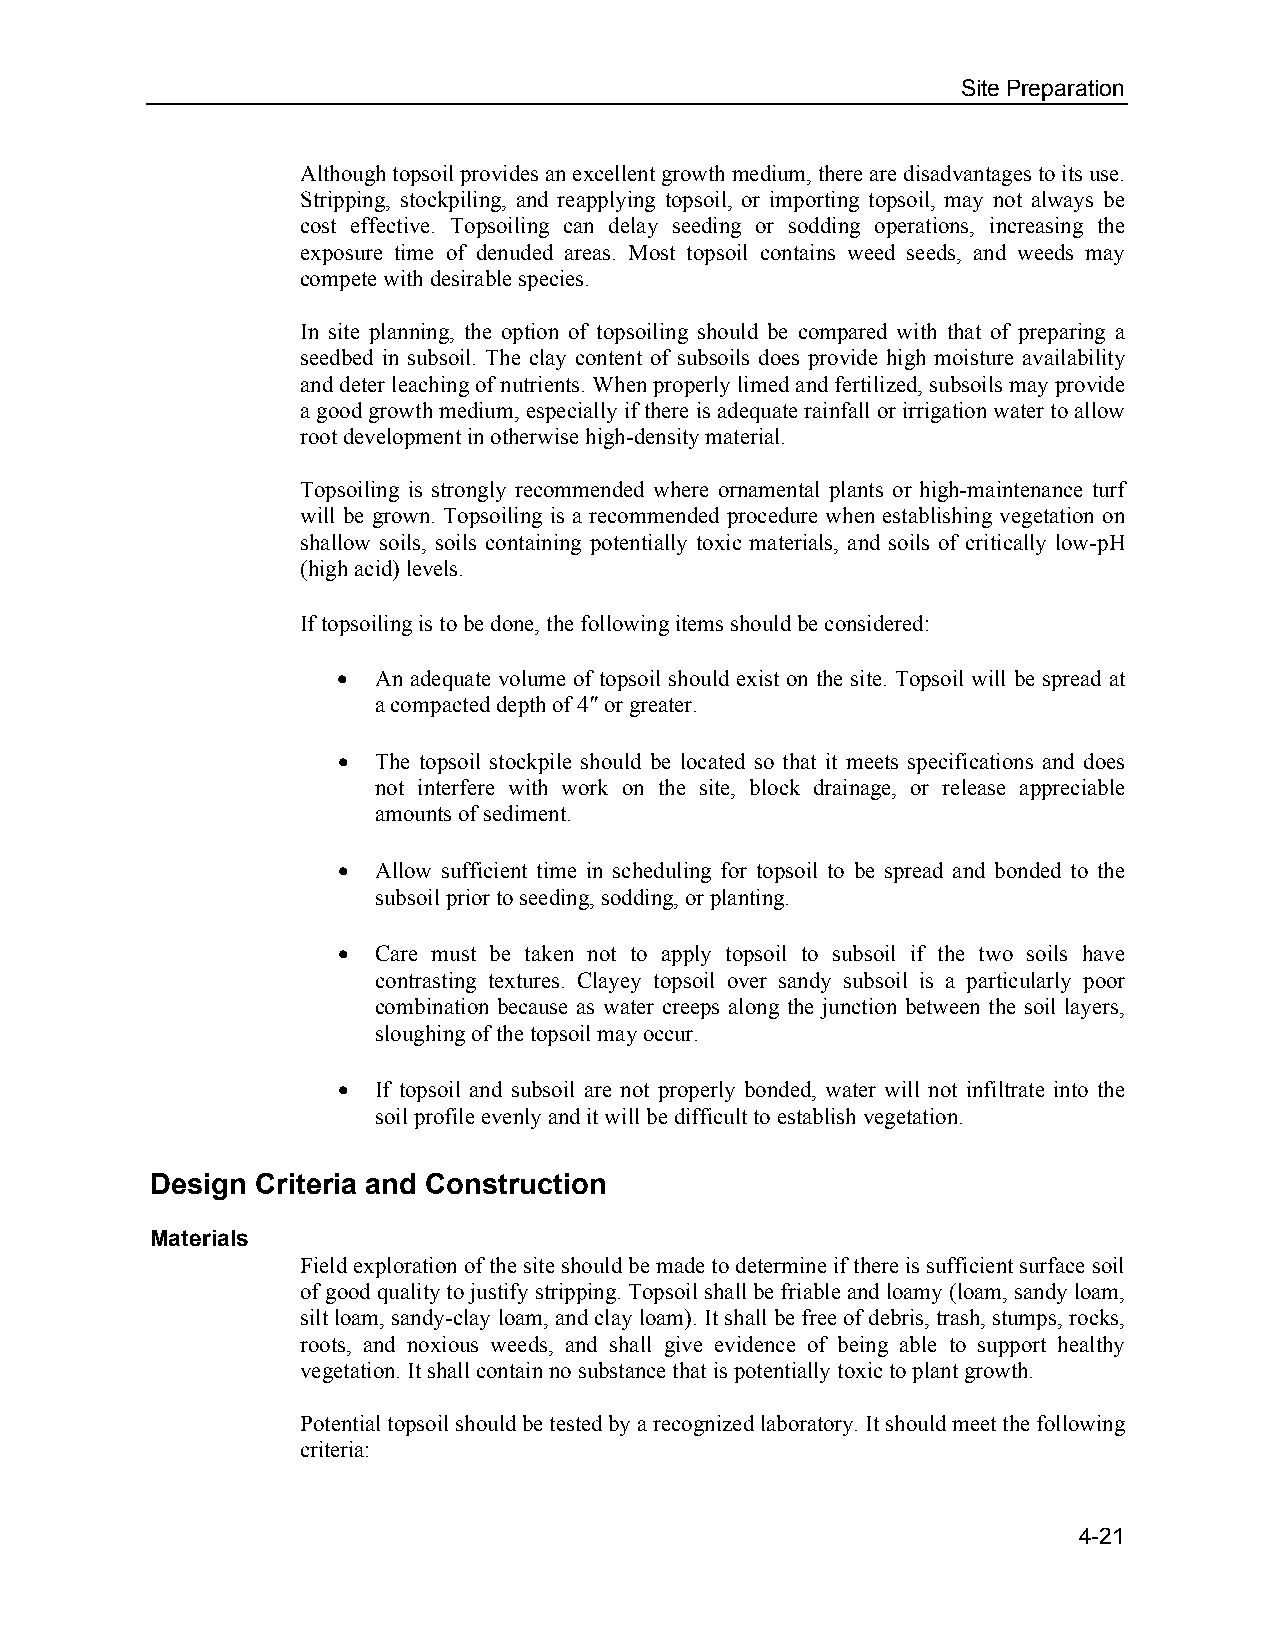
Site Preparation
 Although topsoil provides an excellent growth medium, there are disadvantages to its use.
 Stripping, stockpiling, and reapplying topsoil, or importing topsoil, may not always be
 cost effective. Topsoiling can delay seeding or sodding operations, increasing the
 exposure time of denuded areas. Most topsoil contains weed seeds, and weeds may
 compete with desirable species.
 In site planning, the option of topsoiling should be compared with that of preparing a
 seedbed in subsoil. The clay content of subsoils does provide high moisture availability
 and deter leaching of nutrients. When properly limed and fertilized, subsoils may provide
 a good growth medium, especially if there is adequate rainfall or irrigation water to allow
 root development in otherwise high-density material.
 Topsoiling is strongly recommended where ornamental plants or high-maintenance turf
 will be grown. Topsoiling is a recommended procedure when establishing vegetation on
 shallow soils, soils containing potentially toxic materials, and soils of critically low-pH
 (high acid) levels.
 If topsoiling is to be done, the following items should be considered:
   An adequate volume of topsoil should exist on the site. Topsoil will be spread at
 a compacted depth of 4″ or greater.
   The topsoil stockpile should be located so that it meets specifications and does
 not interfere with work on the site, block drainage, or release appreciable
 amounts of sediment.
   Allow sufficient time in scheduling for topsoil to be spread and bonded to the
 subsoil prior to seeding, sodding, or planting.
   Care must be taken not to apply topsoil to subsoil if the two soils have
 contrasting textures. Clayey topsoil over sandy subsoil is a particularly poor
 combination because as water creeps along the junction between the soil layers,
 sloughing of the topsoil may occur.
   If topsoil and subsoil are not properly bonded, water will not infiltrate into the
 soil profile evenly and it will be difficult to establish vegetation.
 Design Criteria and Construction
 Materials
 Field exploration of the site should be made to determine if there is sufficient surface soil
 of good quality to justify stripping. Topsoil shall be friable and loamy (loam, sandy loam,
 silt loam, sandy-clay loam, and clay loam). It shall be free of debris, trash, stumps, rocks,
 roots, and noxious weeds, and shall give evidence of being able to support healthy
 vegetation. It shall contain no substance that is potentially toxic to plant growth.
 Potential topsoil should be tested by a recognized laboratory. It should meet the following
 criteria:
 4-21